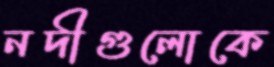
নদীগুলোকে